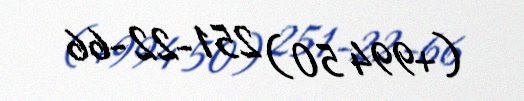
(+994 50) 251-22-66